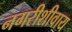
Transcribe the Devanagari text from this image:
नगरीशीवाय